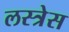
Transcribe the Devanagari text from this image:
लस्त्रेस